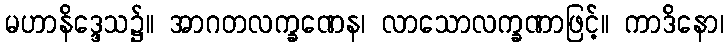
မဟာနိဒ္ဒေသ၌။ အာဂတလက္ခဏေန၊ လာသောလက္ခဏာဖြင့်။ ကာဒိနော၊